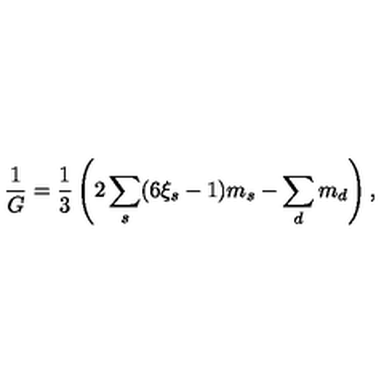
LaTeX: { \frac { 1 } { G } } = \frac 1 3 \left( 2 \sum _ { s } ( 6 \xi _ { s } - 1 ) m _ { s } - \sum _ { d } m _ { d } \right) ,